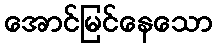
အောင်မြင်နေသော